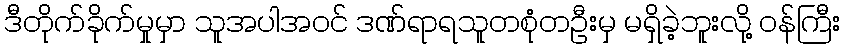
ဒီတိုက်ခိုက်မှုမှာ သူအပါအဝင် ဒဏ်ရာရသူတစုံတဦးမှ မရှိခဲ့ဘူးလို့ ဝန်ကြီး